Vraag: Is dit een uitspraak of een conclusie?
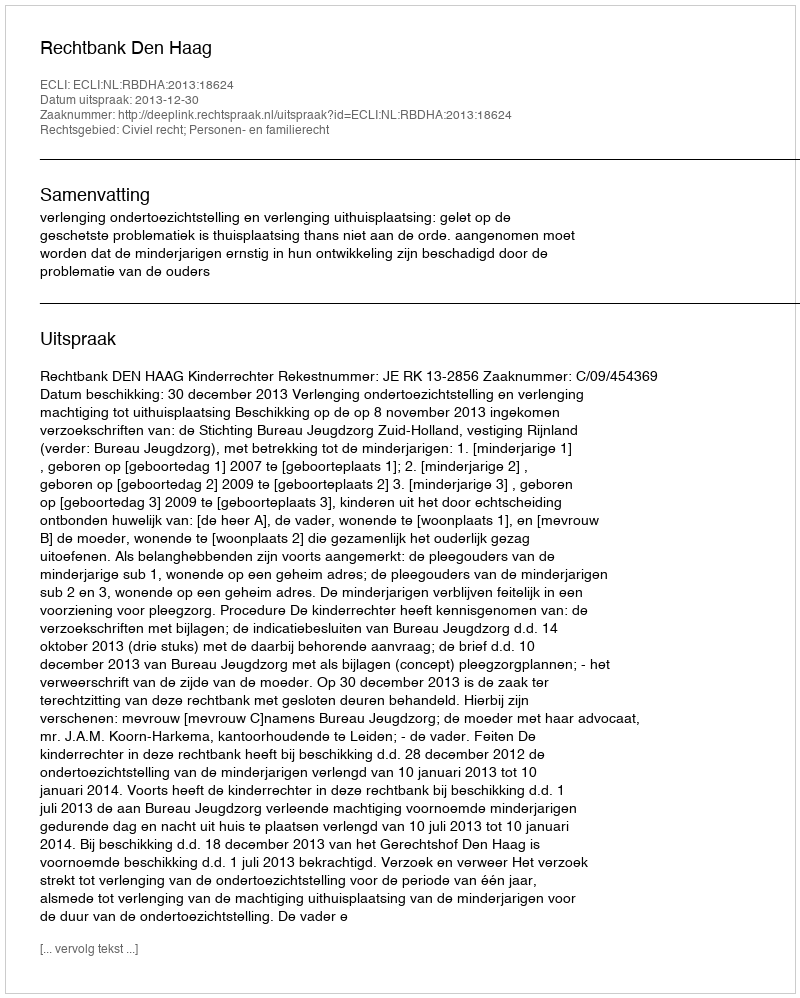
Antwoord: Uitspraak